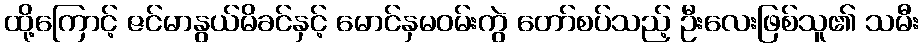
ထို့ကြောင့် ဇင်မာနွယ်မိခင်နှင့် မောင်နှမဝမ်းကွဲ တော်စပ်သည့် ဦးလေးဖြစ်သူ၏ သမီး